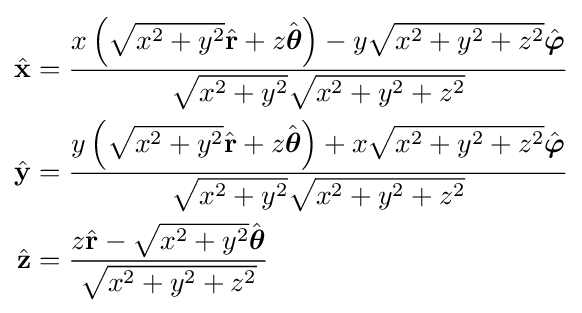
{\begin{aligned}{\hat {\mathbf {x} }}&={\frac {x\left({\sqrt {x^{2}+y^{2}}}{\hat {\mathbf {r} }}+z{\hat {\boldsymbol {\theta }}}\right)-y{\sqrt {x^{2}+y^{2}+z^{2}}}{\hat {\boldsymbol {\varphi }}}}{{\sqrt {x^{2}+y^{2}}}{\sqrt {x^{2}+y^{2}+z^{2}}}}}\\{\hat {\mathbf {y} }}&={\frac {y\left({\sqrt {x^{2}+y^{2}}}{\hat {\mathbf {r} }}+z{\hat {\boldsymbol {\theta }}}\right)+x{\sqrt {x^{2}+y^{2}+z^{2}}}{\hat {\boldsymbol {\varphi }}}}{{\sqrt {x^{2}+y^{2}}}{\sqrt {x^{2}+y^{2}+z^{2}}}}}\\{\hat {\mathbf {z} }}&={\frac {z{\hat {\mathbf {r} }}-{\sqrt {x^{2}+y^{2}}}{\hat {\boldsymbol {\theta }}}}{\sqrt {x^{2}+y^{2}+z^{2}}}}\end{aligned}}